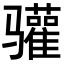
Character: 𬴐